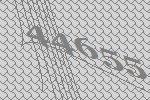
44655